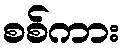
စစ်ကား